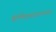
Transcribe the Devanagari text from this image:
होमेएव्‍यारवाला